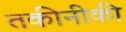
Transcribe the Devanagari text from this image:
तकीनीकी